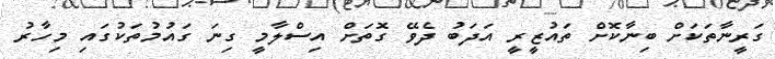
ގަރީނާތަކަށް ބިނާކޮށް ތައުޒީރީ އަދަބު ދެވޭ ގޮތަށް އިސްލާމީ ގިނަ ގައުމުތަކުގައި މިހާރު